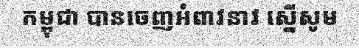
កម្ពុជា បានចេញអំពាវនាវ ស្នើសូម